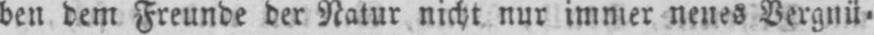
den dem Freunde der Natur nicht nur immer neues Vergnü⸗